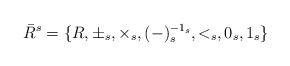
LaTeX: \begin{align*} \bar{R}^{s}=\{R,\pm_{s},\times_{s}, (-)_{s}^{-1_{s}},<_{s},0_{s},1_{s}\}\end{align*}